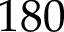
1 8 0